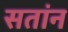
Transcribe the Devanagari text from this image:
सतांन